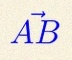
\vec{AB}